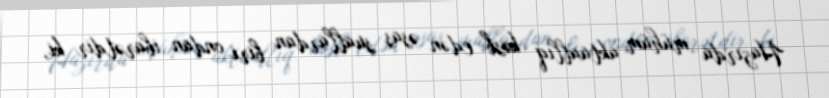
Hazırda mühüm aktuallıq kəsb edən əsas suallardan biri ondan ibarətdir ki,